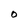
Character: O